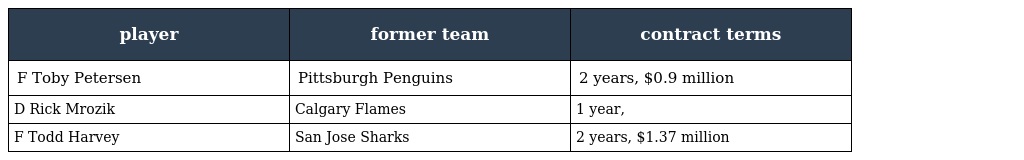
| player | former team | contract terms |
 | --- | --- | --- |
 | F Toby Petersen | Pittsburgh Penguins | 2 years, $0.9 million |
 | D Rick Mrozik | Calgary Flames | 1 year, |
 | F Todd Harvey | San Jose Sharks | 2 years, $1.37 million |